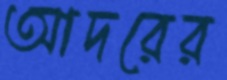
আদরের